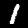
Digit: 1